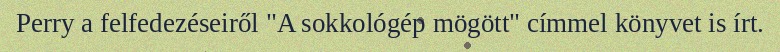
Perry a felfedezéseiről "A sokkológép mögött" címmel könyvet is írt.